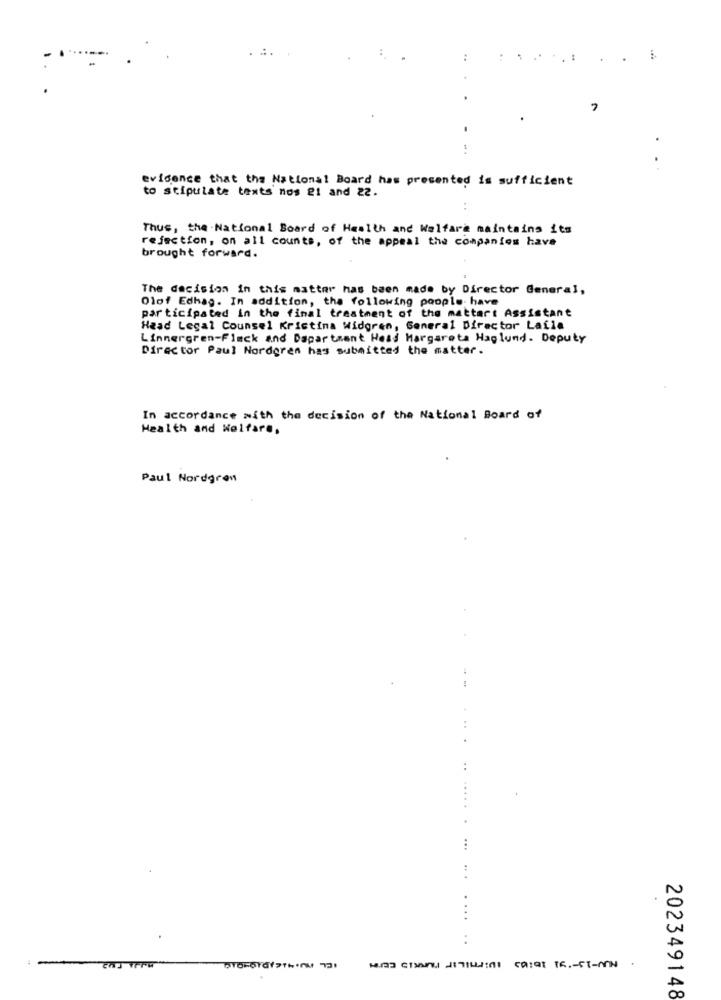
-
evidence that the National Board has presented is sufficient
to stipulate texts nos el and 22.
Thus, the National Board of Health and Welfare maintains its
rejection, on all counts, of the appeal the companies have
brought forward.
The decision in this matter has been made by Director General,
Olof Edhag. In addition, the following poople- have
participated in the final treatment of the mattart Assistant
Head Legal Counsel Kristina Widgren, General Director Laila
Linnergren-Fleck and Department Head Margareta Haglund. Deputy
Director Paul Nordgren has submitted the matter.
In accordance with the decision of the National Board of
Health and Welfare.
Paul Nordgren
...
....
. .
202349148